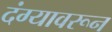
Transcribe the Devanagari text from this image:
दंग्यावरून